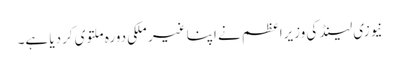
نیوزی لینڈ کی وزیراعظم نے اپنا غیر ملکی دورہ ملتوی کردیا ہے۔